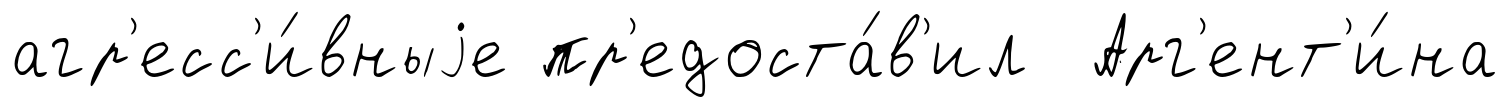
агр'есс'и́вныjе пр'едоста́в'ил Арг'ент'и́на